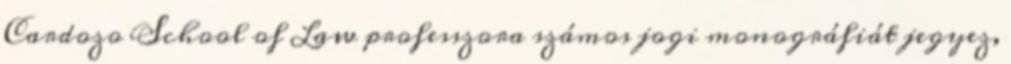
Cardozo School of Law professzora számos jogi monográfiát jegyez,